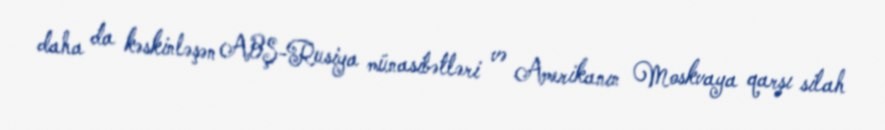
daha da kəskinləşən ABŞ-Rusiya münasibətləri və Amerikanın Moskvaya qarşı silah